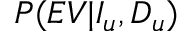
P ( E V | I _ { u } , D _ { u } )